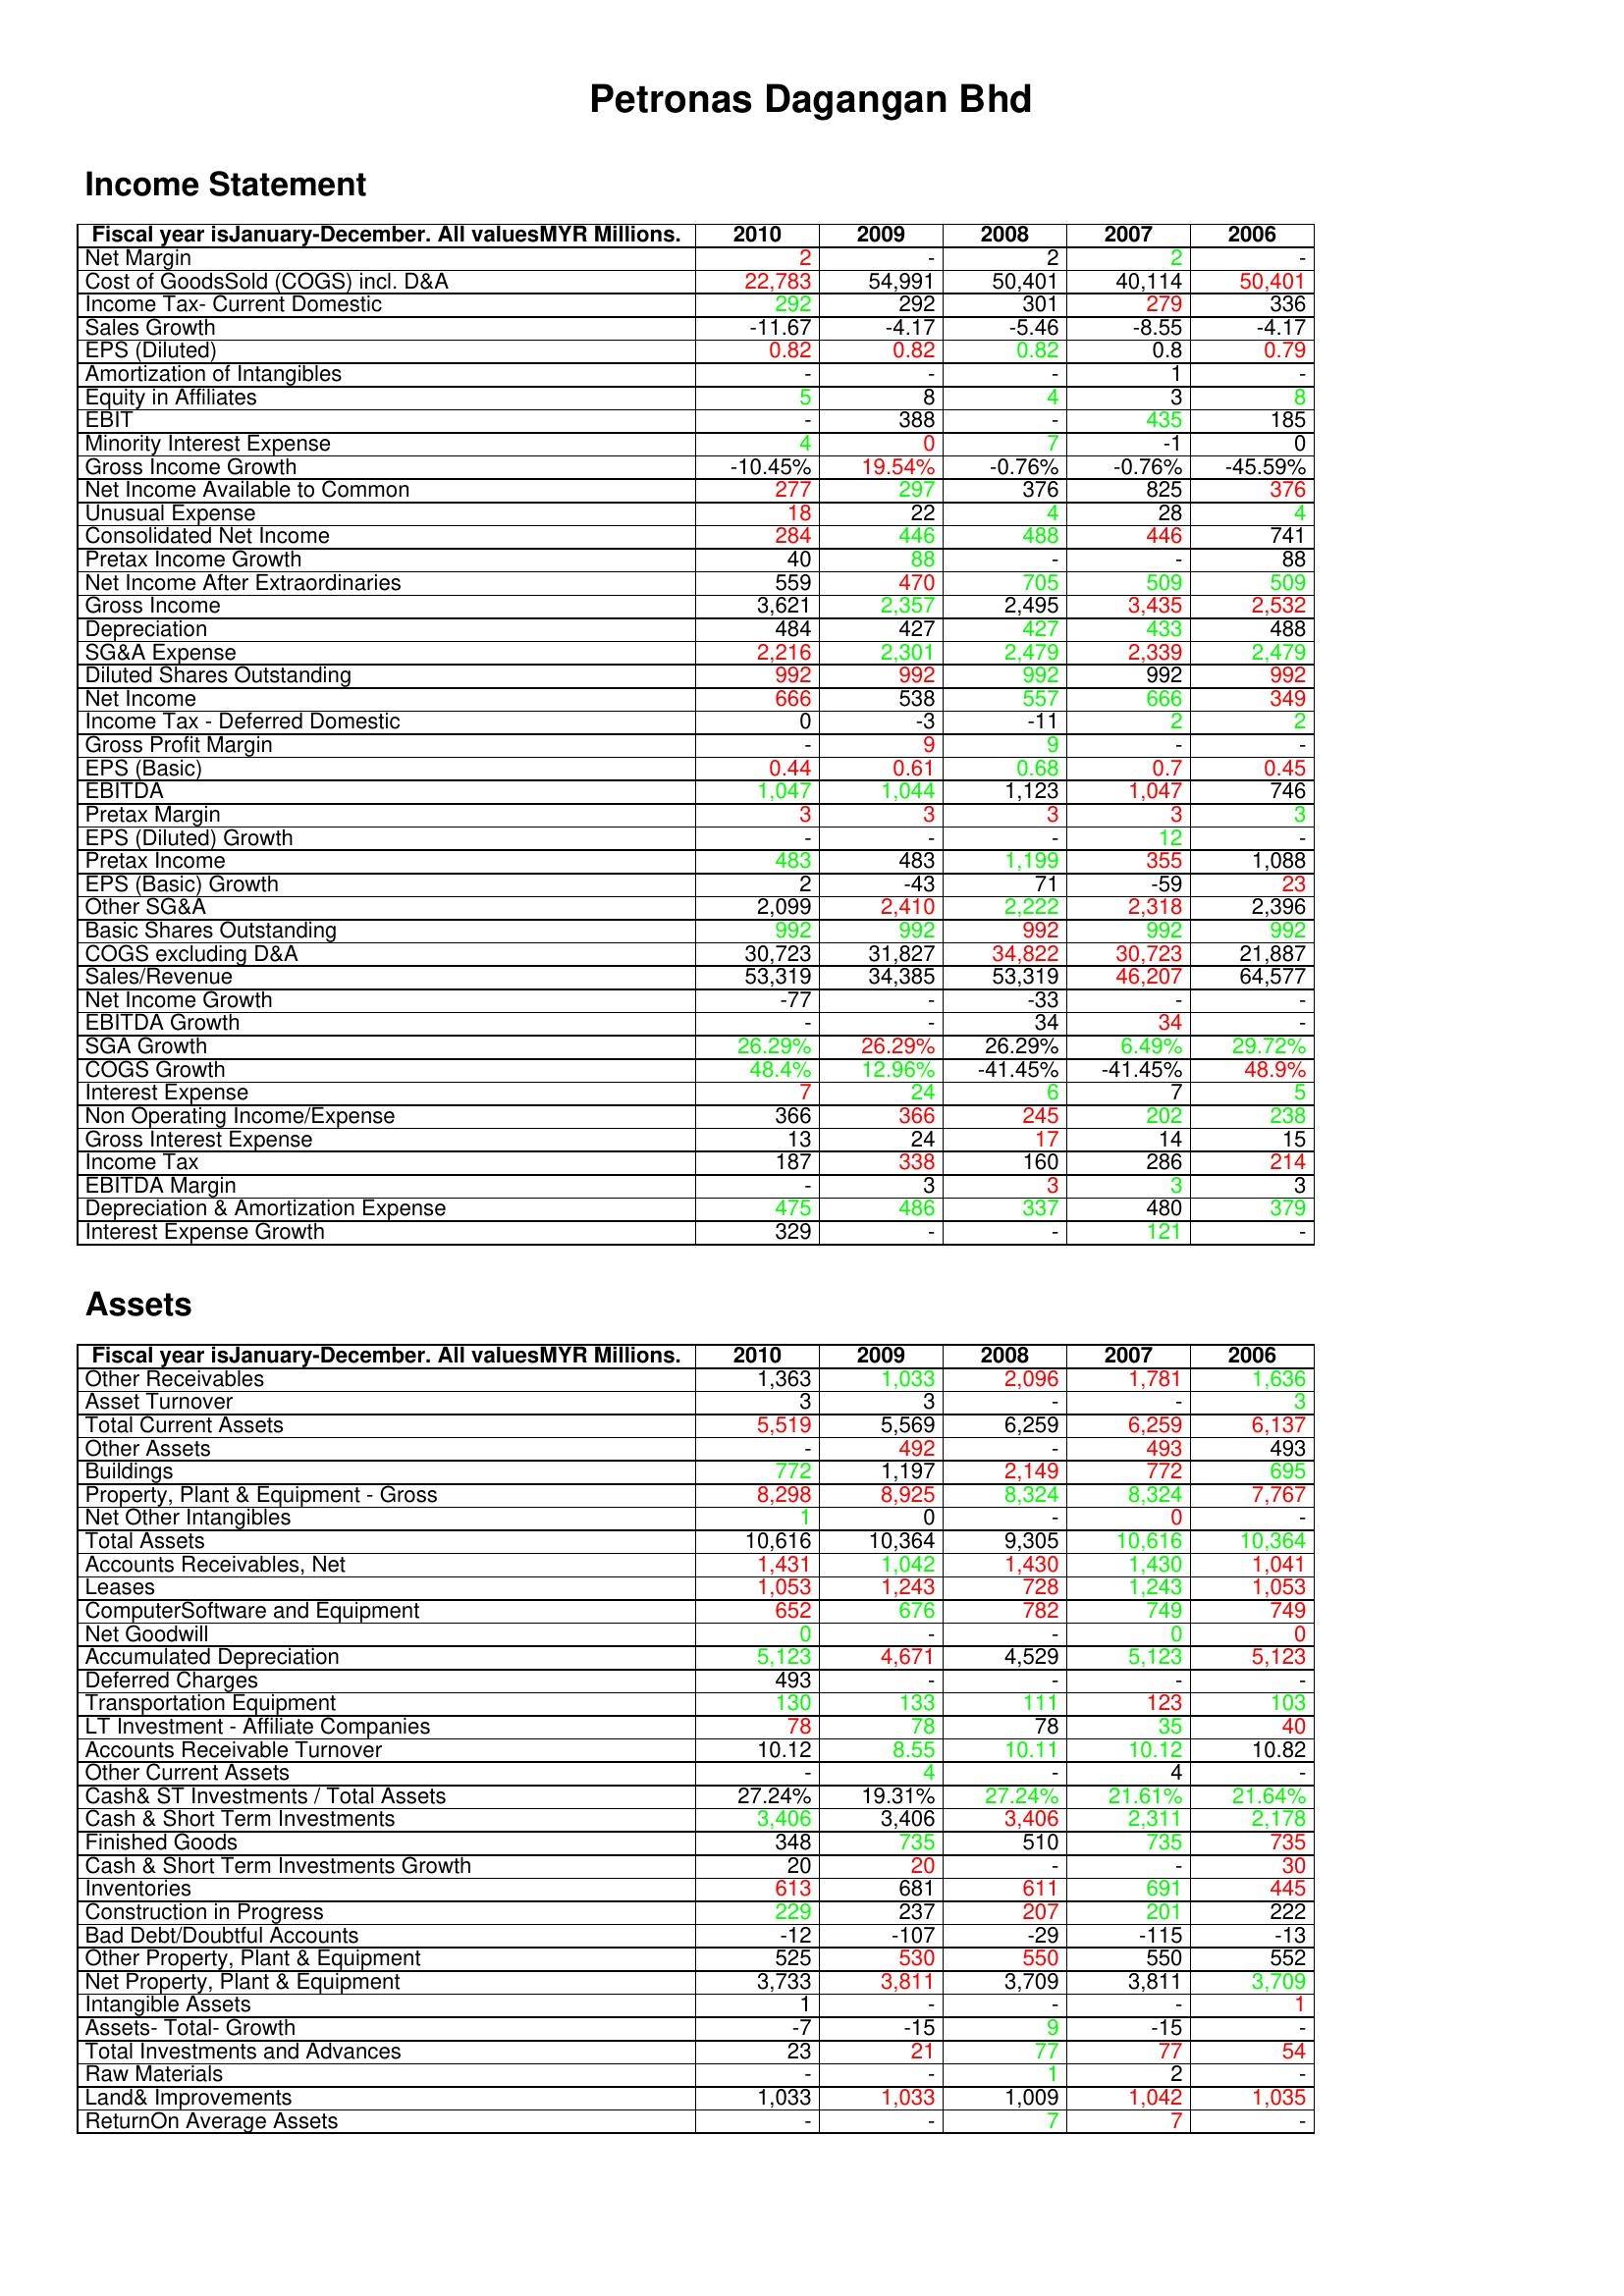
gt_parse: 2010: Income Statement: Net Margin: 2
Cost of GoodsSold (COGS) incl. D&A: 22,783
Income Tax- Current Domestic: 292
Sales Growth: -11.67
EPS (Diluted): 0.82
Amortization of Intangibles: -
Equity in Affiliates: 5
EBIT: -
Minority Interest Expense: 4
Gross Income Growth: -10.45%
Net Income Available to Common: 277
Unusual Expense: 18
Consolidated Net Income: 284
Pretax Income Growth: 40
Net Income After Extraordinaries: 559
Gross Income: 3,621
Depreciation: 484
SG&A Expense: 2,216
Diluted Shares Outstanding: 992
Net Income: 666
Income Tax - Deferred Domestic: 0
Gross Profit Margin: -
EPS (Basic): 0.44
EBITDA: 1,047
Pretax Margin: 3
EPS (Diluted) Growth: -
Pretax Income: 483
EPS (Basic) Growth: 2
Other SG&A: 2,099
Basic Shares Outstanding: 992
COGS excluding D&A: 30,723
Sales/Revenue: 53,319
Net Income Growth: -77
EBITDA Growth: -
SGA Growth: 26.29%
COGS Growth: 48.4%
Interest Expense: 7
Non Operating Income/Expense: 366
Gross Interest Expense: 13
Income Tax: 187
EBITDA Margin: -
Depreciation & Amortization Expense: 475
Interest Expense Growth: 329
Assets: Other Receivables: 1,363
Asset Turnover: 3
Total Current Assets: 5,519
Other Assets: -
Buildings: 772
Property, Plant & Equipment - Gross : 8,298
Net Other Intangibles: 1
Total Assets: 10,616
Accounts Receivables, Net: 1,431
Leases: 1,053
ComputerSoftware and Equipment: 652
Net Goodwill: 0
Accumulated Depreciation: 5,123
Deferred Charges: 493
Transportation Equipment: 130
LT Investment - Affiliate Companies: 78
Accounts Receivable Turnover: 10.12
Other Current Assets: -
Cash& ST Investments / Total Assets: 27.24%
Cash & Short Term Investments: 3,406
Finished Goods: 348
Cash & Short Term Investments Growth: 20
Inventories: 613
Construction in Progress: 229
Bad Debt/Doubtful Accounts: -12
Other Property, Plant & Equipment: 525
Net Property, Plant & Equipment: 3,733
Intangible Assets: 1
Assets- Total- Growth: -7
Total Investments and Advances: 23
Raw Materials: -
Land& Improvements: 1,033
ReturnOn Average Assets: -
2009: Income Statement: Net Margin: -
Cost of GoodsSold (COGS) incl. D&A: 54,991
Income Tax- Current Domestic: 292
Sales Growth: -4.17
EPS (Diluted): 0.82
Amortization of Intangibles: -
Equity in Affiliates: 8
EBIT: 388
Minority Interest Expense: 0
Gross Income Growth: 19.54%
Net Income Available to Common: 297
Unusual Expense: 22
Consolidated Net Income: 446
Pretax Income Growth: 88
Net Income After Extraordinaries: 470
Gross Income: 2,357
Depreciation: 427
SG&A Expense: 2,301
Diluted Shares Outstanding: 992
Net Income: 538
Income Tax - Deferred Domestic: -3
Gross Profit Margin: 9
EPS (Basic): 0.61
EBITDA: 1,044
Pretax Margin: 3
EPS (Diluted) Growth: -
Pretax Income: 483
EPS (Basic) Growth: -43
Other SG&A: 2,410
Basic Shares Outstanding: 992
COGS excluding D&A: 31,827
Sales/Revenue: 34,385
Net Income Growth: -
EBITDA Growth: -
SGA Growth: 26.29%
COGS Growth: 12.96%
Interest Expense: 24
Non Operating Income/Expense: 366
Gross Interest Expense: 24
Income Tax: 338
EBITDA Margin: 3
Depreciation & Amortization Expense: 486
Interest Expense Growth: -
Assets: Other Receivables: 1,033
Asset Turnover: 3
Total Current Assets: 5,569
Other Assets: 492
Buildings: 1,197
Property, Plant & Equipment - Gross : 8,925
Net Other Intangibles: 0
Total Assets: 10,364
Accounts Receivables, Net: 1,042
Leases: 1,243
ComputerSoftware and Equipment: 676
Net Goodwill: -
Accumulated Depreciation: 4,671
Deferred Charges: -
Transportation Equipment: 133
LT Investment - Affiliate Companies: 78
Accounts Receivable Turnover: 8.55
Other Current Assets: 4
Cash& ST Investments / Total Assets: 19.31%
Cash & Short Term Investments: 3,406
Finished Goods: 735
Cash & Short Term Investments Growth: 20
Inventories: 681
Construction in Progress: 237
Bad Debt/Doubtful Accounts: -107
Other Property, Plant & Equipment: 530
Net Property, Plant & Equipment: 3,811
Intangible Assets: -
Assets- Total- Growth: -15
Total Investments and Advances: 21
Raw Materials: -
Land& Improvements: 1,033
ReturnOn Average Assets: -
2008: Income Statement: Net Margin: 2
Cost of GoodsSold (COGS) incl. D&A: 50,401
Income Tax- Current Domestic: 301
Sales Growth: -5.46
EPS (Diluted): 0.82
Amortization of Intangibles: -
Equity in Affiliates: 4
EBIT: -
Minority Interest Expense: 7
Gross Income Growth: -0.76%
Net Income Available to Common: 376
Unusual Expense: 4
Consolidated Net Income: 488
Pretax Income Growth: -
Net Income After Extraordinaries: 705
Gross Income: 2,495
Depreciation: 427
SG&A Expense: 2,479
Diluted Shares Outstanding: 992
Net Income: 557
Income Tax - Deferred Domestic: -11
Gross Profit Margin: 9
EPS (Basic): 0.68
EBITDA: 1,123
Pretax Margin: 3
EPS (Diluted) Growth: -
Pretax Income: 1,199
EPS (Basic) Growth: 71
Other SG&A: 2,222
Basic Shares Outstanding: 992
COGS excluding D&A: 34,822
Sales/Revenue: 53,319
Net Income Growth: -33
EBITDA Growth: 34
SGA Growth: 26.29%
COGS Growth: -41.45%
Interest Expense: 6
Non Operating Income/Expense: 245
Gross Interest Expense: 17
Income Tax: 160
EBITDA Margin: 3
Depreciation & Amortization Expense: 337
Interest Expense Growth: -
Assets: Other Receivables: 2,096
Asset Turnover: -
Total Current Assets: 6,259
Other Assets: -
Buildings: 2,149
Property, Plant & Equipment - Gross : 8,324
Net Other Intangibles: -
Total Assets: 9,305
Accounts Receivables, Net: 1,430
Leases: 728
ComputerSoftware and Equipment: 782
Net Goodwill: -
Accumulated Depreciation: 4,529
Deferred Charges: -
Transportation Equipment: 111
LT Investment - Affiliate Companies: 78
Accounts Receivable Turnover: 10.11
Other Current Assets: -
Cash& ST Investments / Total Assets: 27.24%
Cash & Short Term Investments: 3,406
Finished Goods: 510
Cash & Short Term Investments Growth: -
Inventories: 611
Construction in Progress: 207
Bad Debt/Doubtful Accounts: -29
Other Property, Plant & Equipment: 550
Net Property, Plant & Equipment: 3,709
Intangible Assets: -
Assets- Total- Growth: 9
Total Investments and Advances: 77
Raw Materials: 1
Land& Improvements: 1,009
ReturnOn Average Assets: 7
2007: Income Statement: Net Margin: 2
Cost of GoodsSold (COGS) incl. D&A: 40,114
Income Tax- Current Domestic: 279
Sales Growth: -8.55
EPS (Diluted): 0.8
Amortization of Intangibles: 1
Equity in Affiliates: 3
EBIT: 435
Minority Interest Expense: -1
Gross Income Growth: -0.76%
Net Income Available to Common: 825
Unusual Expense: 28
Consolidated Net Income: 446
Pretax Income Growth: -
Net Income After Extraordinaries: 509
Gross Income: 3,435
Depreciation: 433
SG&A Expense: 2,339
Diluted Shares Outstanding: 992
Net Income: 666
Income Tax - Deferred Domestic: 2
Gross Profit Margin: -
EPS (Basic): 0.7
EBITDA: 1,047
Pretax Margin: 3
EPS (Diluted) Growth: 12
Pretax Income: 355
EPS (Basic) Growth: -59
Other SG&A: 2,318
Basic Shares Outstanding: 992
COGS excluding D&A: 30,723
Sales/Revenue: 46,207
Net Income Growth: -
EBITDA Growth: 34
SGA Growth: 6.49%
COGS Growth: -41.45%
Interest Expense: 7
Non Operating Income/Expense: 202
Gross Interest Expense: 14
Income Tax: 286
EBITDA Margin: 3
Depreciation & Amortization Expense: 480
Interest Expense Growth: 121
Assets: Other Receivables: 1,781
Asset Turnover: -
Total Current Assets: 6,259
Other Assets: 493
Buildings: 772
Property, Plant & Equipment - Gross : 8,324
Net Other Intangibles: 0
Total Assets: 10,616
Accounts Receivables, Net: 1,430
Leases: 1,243
ComputerSoftware and Equipment: 749
Net Goodwill: 0
Accumulated Depreciation: 5,123
Deferred Charges: -
Transportation Equipment: 123
LT Investment - Affiliate Companies: 35
Accounts Receivable Turnover: 10.12
Other Current Assets: 4
Cash& ST Investments / Total Assets: 21.61%
Cash & Short Term Investments: 2,311
Finished Goods: 735
Cash & Short Term Investments Growth: -
Inventories: 691
Construction in Progress: 201
Bad Debt/Doubtful Accounts: -115
Other Property, Plant & Equipment: 550
Net Property, Plant & Equipment: 3,811
Intangible Assets: -
Assets- Total- Growth: -15
Total Investments and Advances: 77
Raw Materials: 2
Land& Improvements: 1,042
ReturnOn Average Assets: 7
2006: Income Statement: Net Margin: -
Cost of GoodsSold (COGS) incl. D&A: 50,401
Income Tax- Current Domestic: 336
Sales Growth: -4.17
EPS (Diluted): 0.79
Amortization of Intangibles: -
Equity in Affiliates: 8
EBIT: 185
Minority Interest Expense: 0
Gross Income Growth: -45.59%
Net Income Available to Common: 376
Unusual Expense: 4
Consolidated Net Income: 741
Pretax Income Growth: 88
Net Income After Extraordinaries: 509
Gross Income: 2,532
Depreciation: 488
SG&A Expense: 2,479
Diluted Shares Outstanding: 992
Net Income: 349
Income Tax - Deferred Domestic: 2
Gross Profit Margin: -
EPS (Basic): 0.45
EBITDA: 746
Pretax Margin: 3
EPS (Diluted) Growth: -
Pretax Income: 1,088
EPS (Basic) Growth: 23
Other SG&A: 2,396
Basic Shares Outstanding: 992
COGS excluding D&A: 21,887
Sales/Revenue: 64,577
Net Income Growth: -
EBITDA Growth: -
SGA Growth: 29.72%
COGS Growth: 48.9%
Interest Expense: 5
Non Operating Income/Expense: 238
Gross Interest Expense: 15
Income Tax: 214
EBITDA Margin: 3
Depreciation & Amortization Expense: 379
Interest Expense Growth: -
Assets: Other Receivables: 1,636
Asset Turnover: 3
Total Current Assets: 6,137
Other Assets: 493
Buildings: 695
Property, Plant & Equipment - Gross : 7,767
Net Other Intangibles: -
Total Assets: 10,364
Accounts Receivables, Net: 1,041
Leases: 1,053
ComputerSoftware and Equipment: 749
Net Goodwill: 0
Accumulated Depreciation: 5,123
Deferred Charges: -
Transportation Equipment: 103
LT Investment - Affiliate Companies: 40
Accounts Receivable Turnover: 10.82
Other Current Assets: -
Cash& ST Investments / Total Assets: 21.64%
Cash & Short Term Investments: 2,178
Finished Goods: 735
Cash & Short Term Investments Growth: 30
Inventories: 445
Construction in Progress: 222
Bad Debt/Doubtful Accounts: -13
Other Property, Plant & Equipment: 552
Net Property, Plant & Equipment: 3,709
Intangible Assets: 1
Assets- Total- Growth: -
Total Investments and Advances: 54
Raw Materials: -
Land& Improvements: 1,035
ReturnOn Average Assets: -